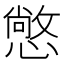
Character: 𢢌